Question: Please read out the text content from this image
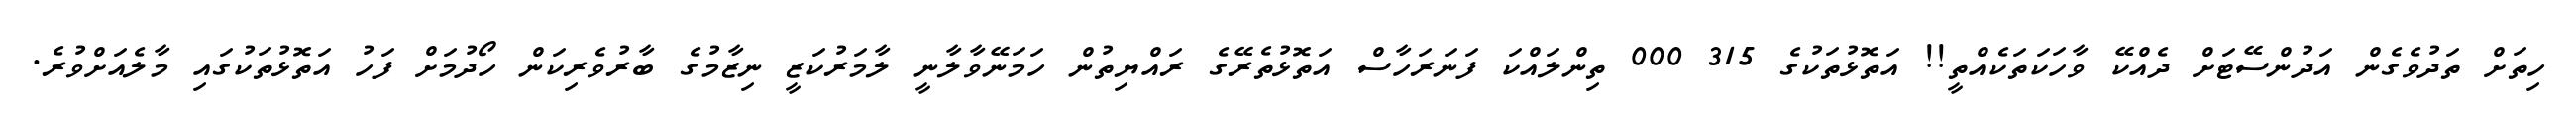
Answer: ހިތަށް ތަދުވެގެން އަދުންސޭޓަށް ދެއްކޭ ވާހަކަތަކެއްތީ!! އަތޮޅުތަކުގެ 315 000 ތިންލައްކަ ފަނަރަހާސް އަތޮޅުތެރޭގެ ރައްޔިތުން ހަމަނޭވާލާނީ ލާމަރުކަޒީ ނިޒާމުގެ ބާރުވެރިކަން ހޯދުމަށް ފަހު އަތޮޅުތަކުގައި މާލެއަށްވުރެ.